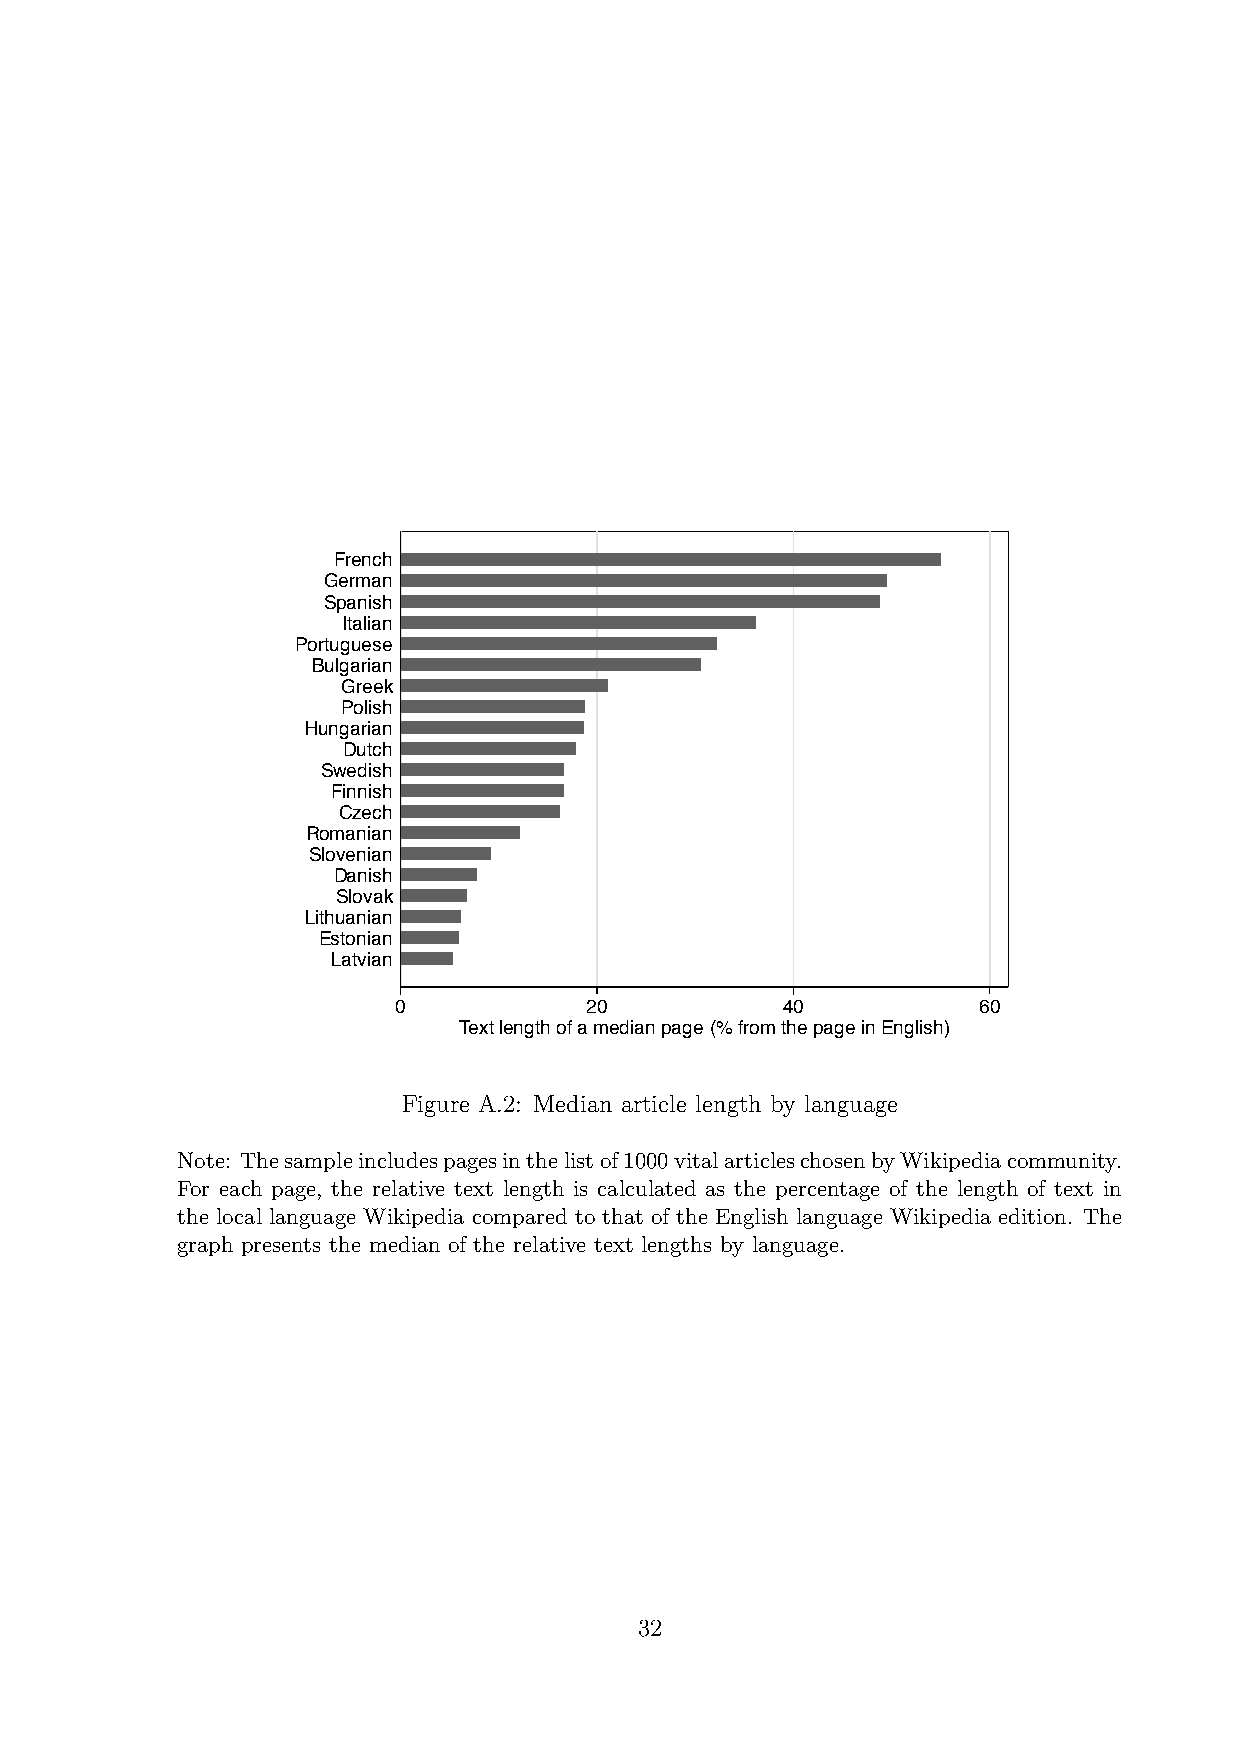
French
 German
 Spanish
 Italian
 Portuguese
 Bulgarian
 Greek
 Polish
 Hungarian
 Dutch
 Swedish
 Finnish
 Czech
 Romanian
 Slovenian
 Danish
 Slovak
 Lithuanian
 Estonian
 Latvian
 0            20           40           60
 Text length of a median page (% from the page in English)
 Figure A.2: Median article length by language
 Note: Thesampleincludespagesinthelistof1000vitalarticleschosenbyWikipediacommunity.
 For each page, the relative text length is calculated as the percentage of the length of text in
 the local language Wikipedia compared to that of the English language Wikipedia edition. The
 graph presents the median of the relative text lengths by language.
 32